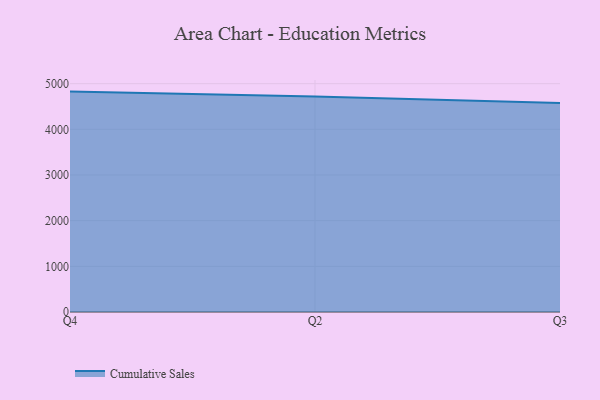
{"axis": {"x": "Quarter", "y": "Temperature (°C)"}, "legend": ["Cumulative Sales"], "data": [{"x": "Q4", "y": 4826.0, "type": "Cumulative Sales"}, {"x": "Q2", "y": 4716.3, "type": "Cumulative Sales"}, {"x": "Q3", "y": 4577.4, "type": "Cumulative Sales"}]}